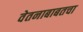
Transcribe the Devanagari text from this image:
वेतनाबाबतचा